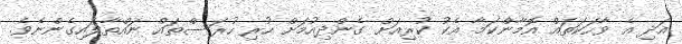
އަދި އެ ވާހަކަތައް އޮމާންކަމާ އެކު ކުރިއަށް ގެންދިއުމަށް ހުރި ހުރަސްތައް ނައްތާލައިގެންނެވެ.